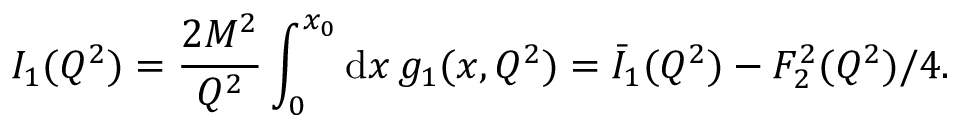
I _ { 1 } ( Q ^ { 2 } ) = \frac { 2 M ^ { 2 } } { Q ^ { 2 } } \int _ { 0 } ^ { x _ { 0 } } \mathrm { d } x \, g _ { 1 } ( x , Q ^ { 2 } ) = \bar { I } _ { 1 } ( Q ^ { 2 } ) - F _ { 2 } ^ { 2 } ( Q ^ { 2 } ) / 4 .